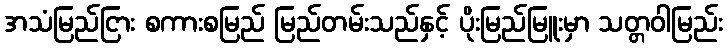
အသံမြည်ငြား စကားစမြည် မြည်တမ်းသည်နှင့် ပိုးမြည်မြူးမှာ သတ္တဝါမြည်း